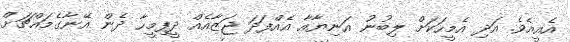
އެއީއެވެ. އަދި އެމީހަކަށް ލިބުނު އަނިޔާއާ އެއްފަދަ ޖަޒާއެއް ދީފިމީހާ ދެން އޭނާގެމައްޗަށް